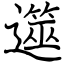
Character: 遾